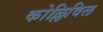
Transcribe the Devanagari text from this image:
कोल्लिविल